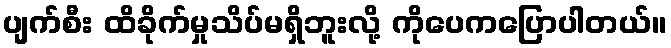
ပျက်စီး ထိခိုက်မှုသိပ်မရှိဘူးလို့ ကိုပေကပြောပါတယ်။